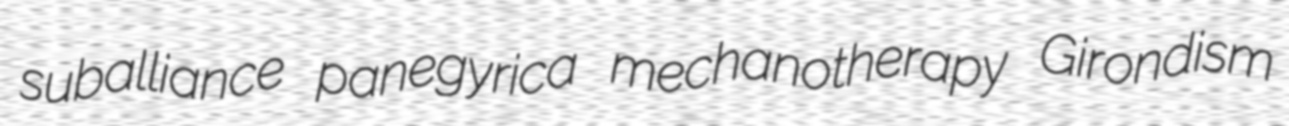
suballiance panegyrica mechanotherapy Girondism